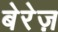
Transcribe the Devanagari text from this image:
बेरेज़